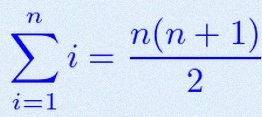
\sum_{i=1}^{n}i=\frac{n(n+1)}2